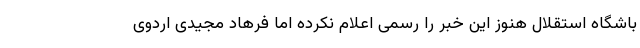
باشگاه استقلال هنوز این خبر را رسمی اعلام نکرده اما فرهاد مجیدی اردوی